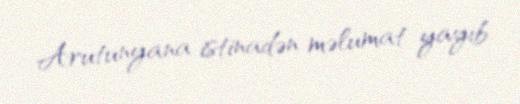
Arutunyana istinadən məlumat yayıb.